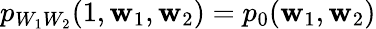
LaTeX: p_{W_{1}W_{2}}(1,\mathbf{w}_{1},\mathbf{w}_{2})=p_{0}(\mathbf{w}_{1},\mathbf{w}_{2})